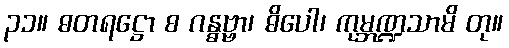
၃၁။ ဓတရဋ္ဌော စ ဂန္ဓဗ္ဗာ၊ ဓိပေါ၊ ကုမ္ဘဏ္ဍသာမိ တု။